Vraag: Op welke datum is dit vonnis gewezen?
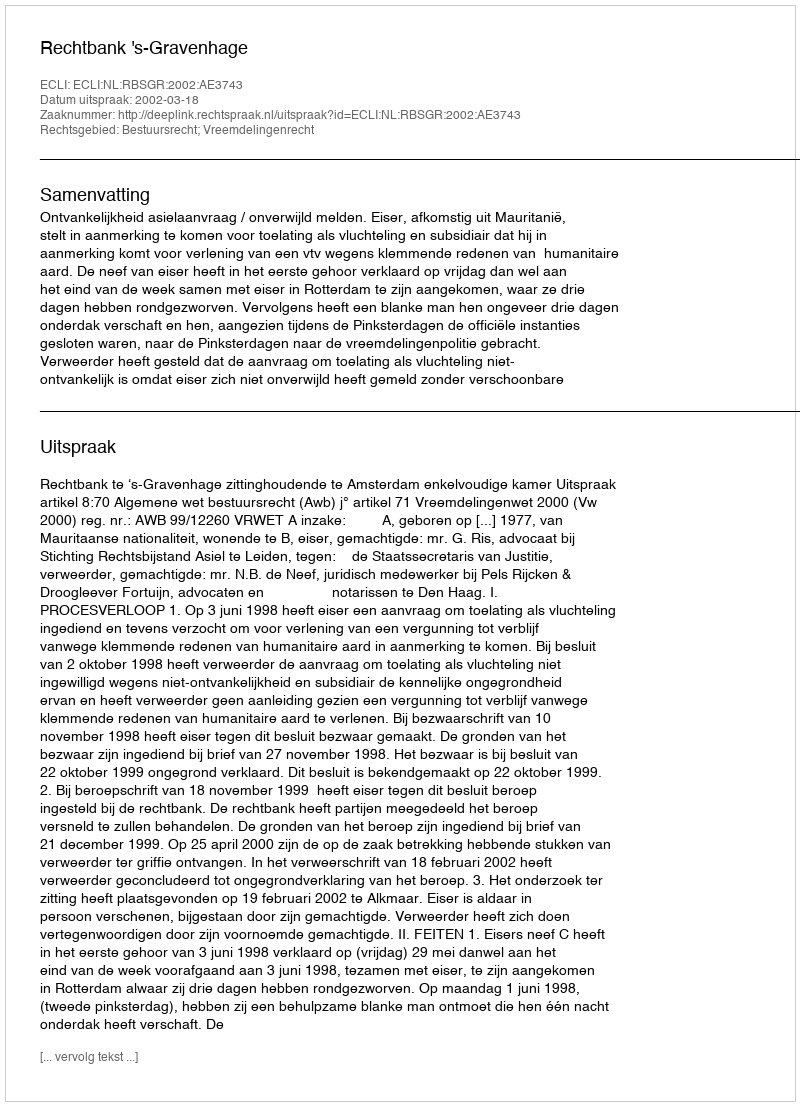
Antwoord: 2002-03-18